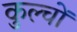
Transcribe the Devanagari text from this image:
कुल्चों